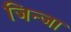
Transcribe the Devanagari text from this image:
जिन्जा